画像に写った文字を読んでください
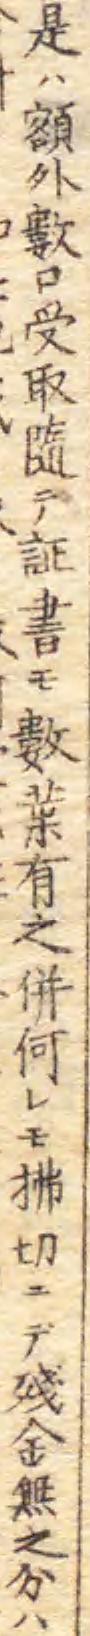
「是ハ額外數口受取隨テ証書モ數𫟒有之併何レモ拂切ニテ殘金無之分ハ」と書いてあります